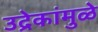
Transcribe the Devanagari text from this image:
उद्रेकांमुळे